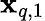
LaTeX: \mathbf{x}_{q,1}